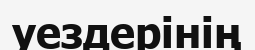
уездерінің